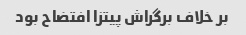
بر خلاف برگراش پیتزا افتضاح بود